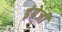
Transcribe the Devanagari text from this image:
इंग्रेजी